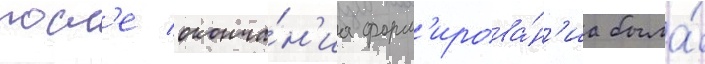
посл'е оконча́н'иа форм'ирова́н'иа была́